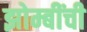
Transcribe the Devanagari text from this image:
झोम्बींची